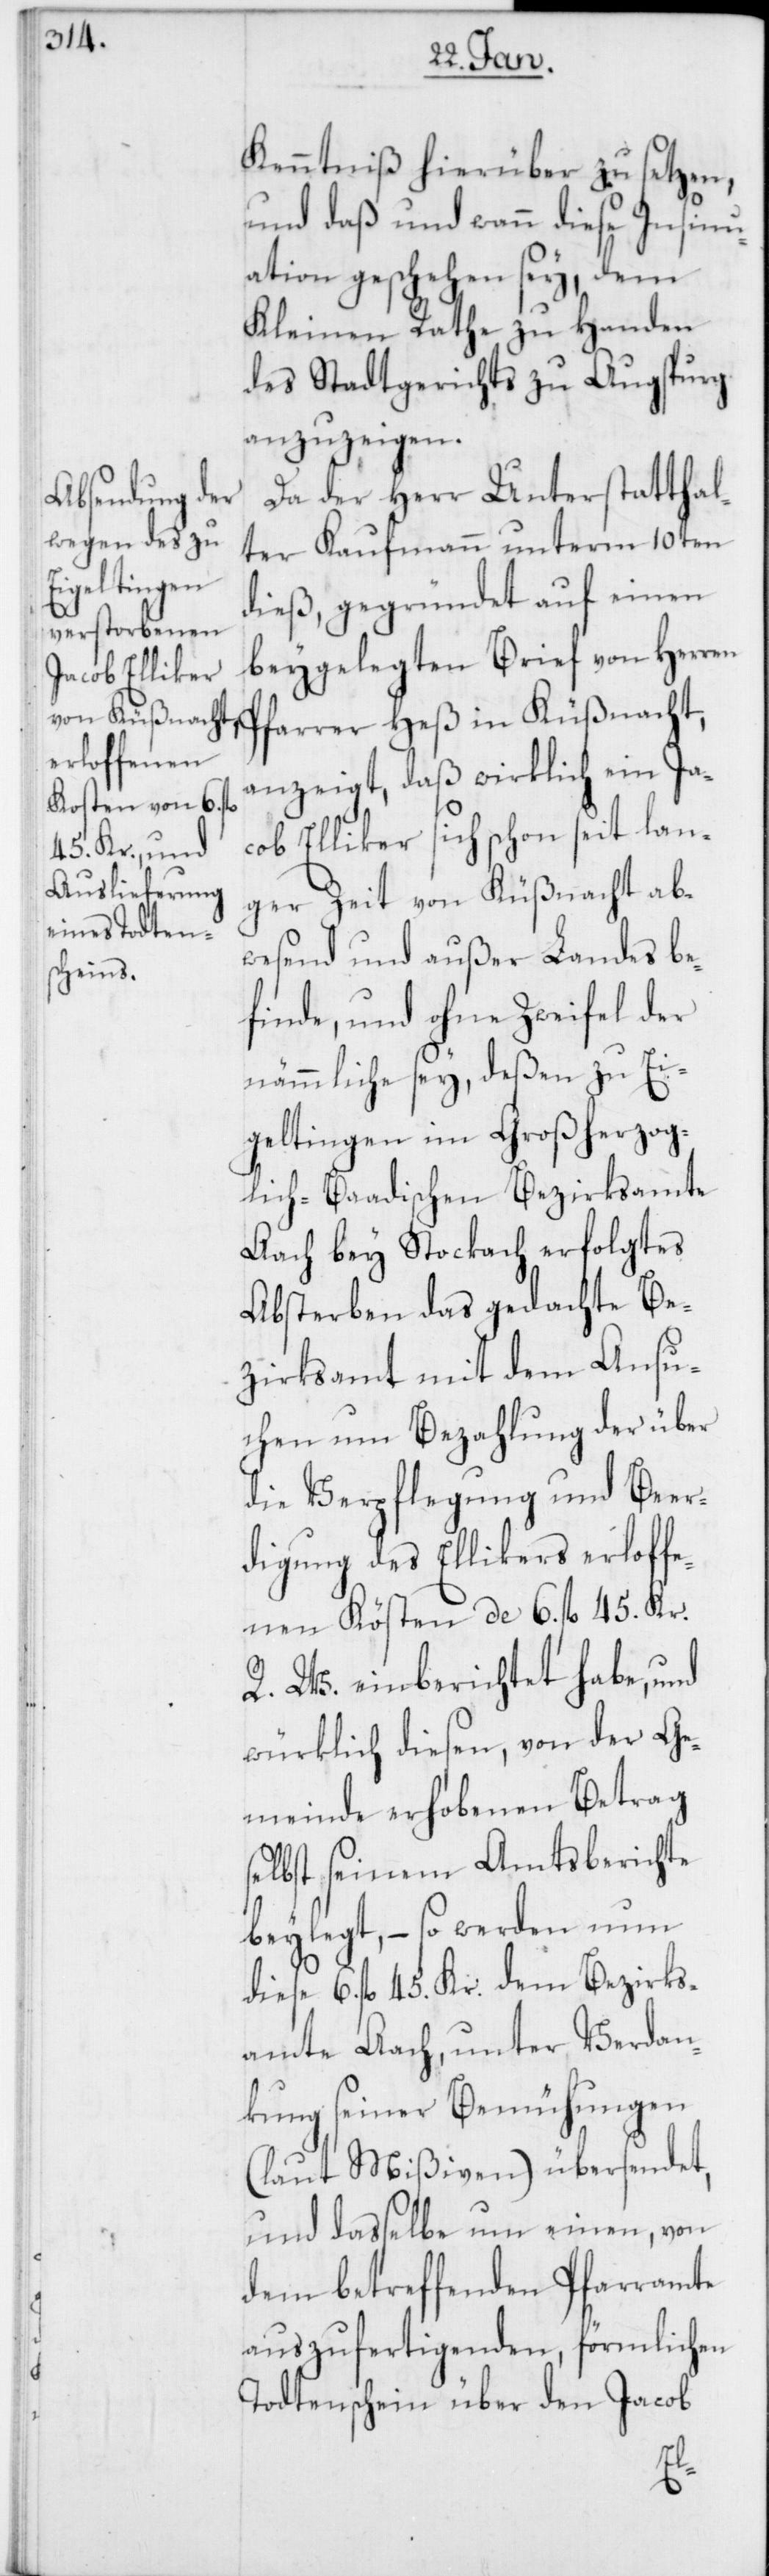
Kenntniß hierüber zu setzen,
und daß und wann diese Insinu¬
ation geschehen sey, dem
Kleinen Rathe zu Handen
des Stadtgerichts zu Augsburg
anzuzeigen.
Da der Herr Unterstatthal¬
ter Kaufmann unterm 10ten
dieß, gegründet auf einen
beygelegten Brief von Herren
anzeigt, daß wirklich ein Ja¬
cob Elliker sich schon seit lan¬
ger Zeit von Küßnacht ab¬
wesend und außer Landes be¬
finde, und ohne Zweifel der
nämmliche sey, deßen zu Ei¬
geltingen im Großherzog¬
lich-Baadischen Bezirksamte
Aach bey Stockach erfolgtes
Absterben das gedachte Be¬
zirksamt mit dem Ansu¬
chen um Bezahlung der über
die Verpflegung und Beer¬
digung des Ellikers erloffe¬
nen Kösten de 6. fl. 45. Kr.
R. W. einberichtet habe, und
würklich diesen, von der Ge¬
meinde erhobenen Betrag
selbst seinem Amtsberichte
beylegt, – so werden nun
diese 6. fl. 45. Kr. dem Bezirks¬
amte Aach, unter Verdan¬
kung seiner Bemühungen
(laut Mißiven) übersendet,
und dasselbe um einen, von
dem betreffenden Pfarramte
auszufertigenden, förmlichen
Todtenschein über den Jacob